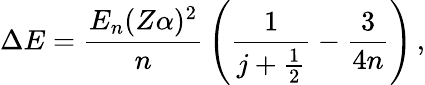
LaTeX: \Delta E={\frac{E_{n}(Z\alpha)^{2}}{n}}\left({\frac{1}{j+{\frac{1}{2}}}}-{\frac{3}{4n}}\right)\, ,